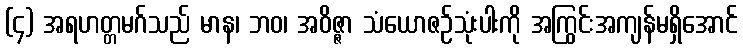
(၄) အရဟတ္တမဂ်သည် မာန၊ ဘဝ၊ အဝိဇ္ဇာ သံယောဇဉ်သုံးပါးကို အကြွင်းအကျန်မရှိအောင်